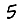
Digit: 5